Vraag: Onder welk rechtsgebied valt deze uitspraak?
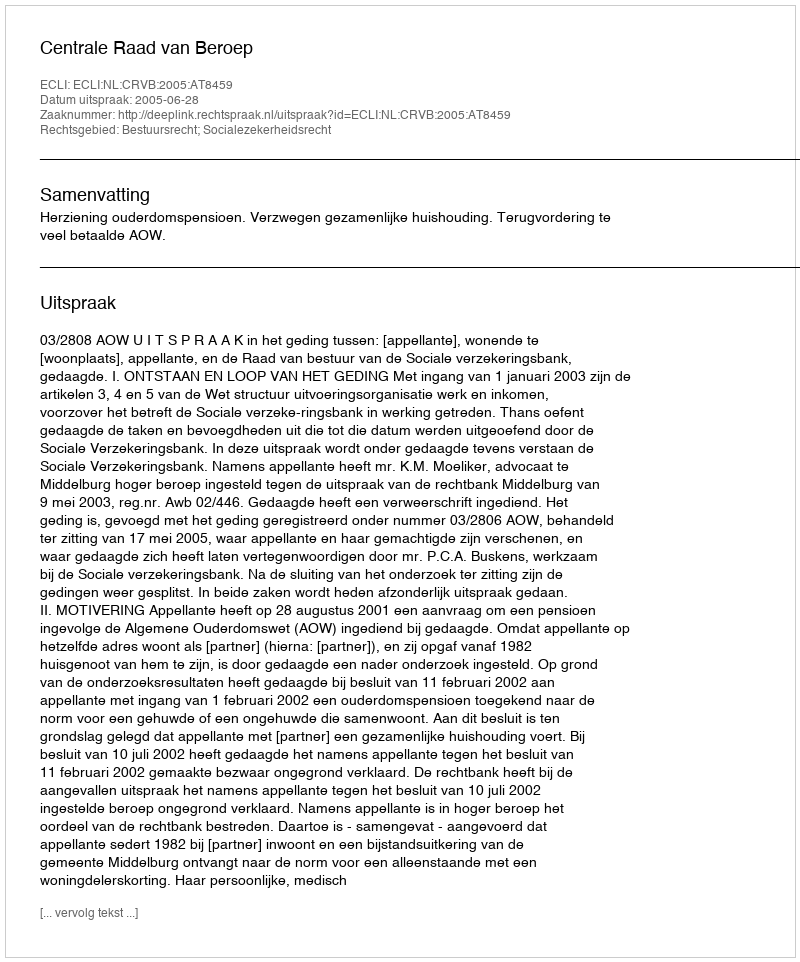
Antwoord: Bestuursrecht; Socialezekerheidsrecht